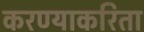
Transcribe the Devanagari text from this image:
करण्‍याकरिता